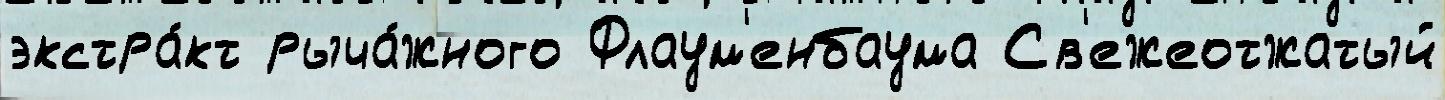
экстра́кт рыча́жного Флаум'енбаума Св'ежеотжатый